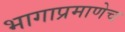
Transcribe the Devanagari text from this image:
भागाप्रमाणेच